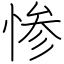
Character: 惨